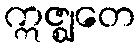
ဣဇ္ဈတေ